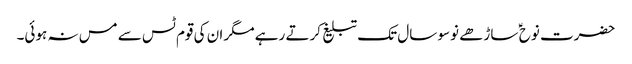
حضرت نوح ؑ ساڑھے نوسو سال تک تبلیغ کرتے رہے مگر ان کی قوم ٹس سے مس نہ ہوئی۔